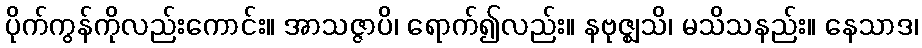
ပိုက်ကွန်ကိုလည်းကောင်း။ အာသဇ္ဇာပိ၊ ရောက်၍လည်း။ နဗုဇ္ဈသိ၊ မသိသနည်း။ နေသာဒ၊